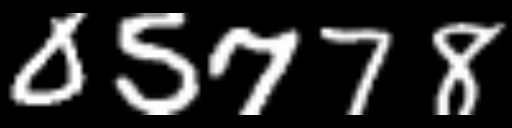
Text: 05778